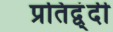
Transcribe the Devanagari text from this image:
प्रतिद्व्ंदी